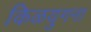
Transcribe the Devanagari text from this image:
किळयुगना